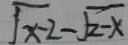
\sqrt { x - 2 } - \sqrt { 2 - x }